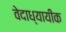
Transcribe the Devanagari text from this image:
वेदाध्यायीक